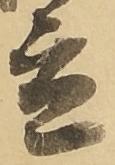
立